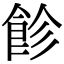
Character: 飻